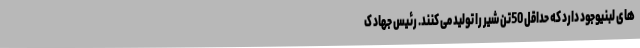
های لبنیوجود دارد که حداقل 50تن شیر را تولید می کنند. رئیس جهاد ک